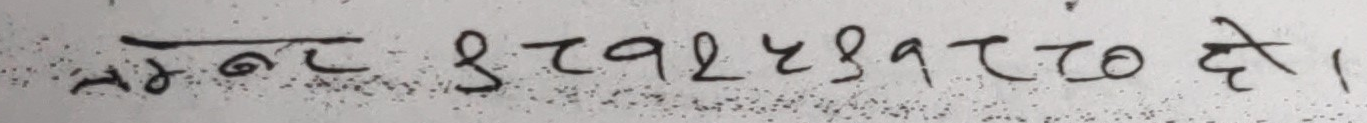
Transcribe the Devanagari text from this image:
नगर ३७१२५३१२८० दे।